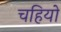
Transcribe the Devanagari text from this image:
चहियो